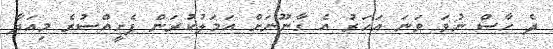
ދެ ހާސް ނުވަ ވަނަ އަހަރު އެ ގާނޫނަށް އަމަލުކުރަން ފެށީއްސުރެ މިއަދާ